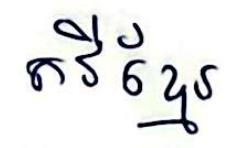
កវីខ្មែរ